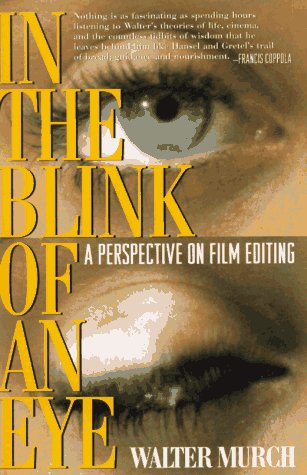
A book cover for In the Blink of an Eye: A Perspective on Film Editing; Walter Murch; Humor & Entertainment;